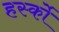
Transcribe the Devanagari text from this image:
हर्स्को